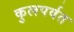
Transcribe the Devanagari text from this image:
कुलपर्वत